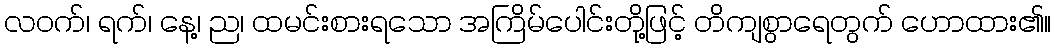
လဝက်၊ ရက်၊ နေ့၊ ည၊ ထမင်းစားရသော အကြိမ်ပေါင်းတို့ဖြင့် တိကျစွာရေတွက် ဟောထား၏။